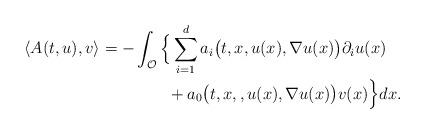
LaTeX: \begin{align*}\langle A(t,u), v \rangle = - & \int_{\mathcal{O}} \Big\{ \sum_{i=1}^{d} a_i\big(t,x,u(x),\nabla u(x)\big) \partial_i u(x) \\& ~~~~~~ + a_0\big(t,x,,u(x),\nabla u(x)\big) v(x) \Big\} dx .\end{align*}